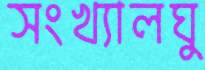
সংখ্যালঘু